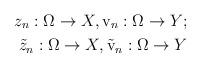
LaTeX: \begin{align*} z_n: \Omega \to X, \mathrm{v}_n : \Omega \to Y; \\ \tilde{z}_n: \Omega \to X, \tilde{\mathrm{v}}_n : \Omega \to Y\end{align*}